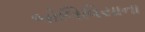
બોલિવિયાના